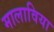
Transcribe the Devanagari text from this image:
मालाविया